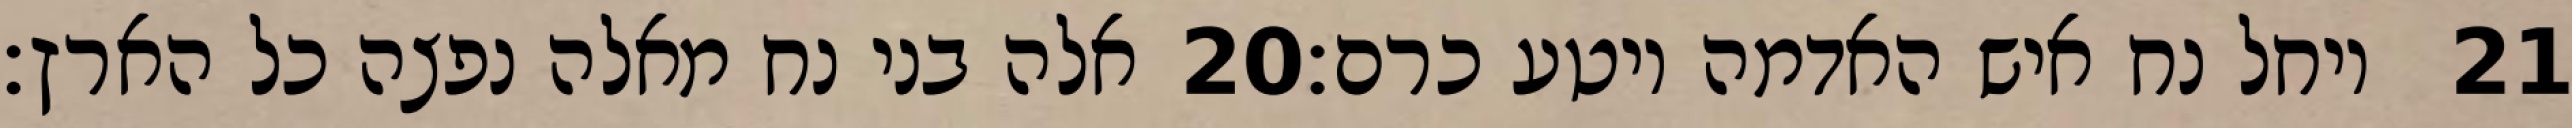
אלה בני נח מאלה נפצה כל הארץ׃ ‎20‏ ויחל נח איש האדמה ויטע כרם׃ ‎21‏